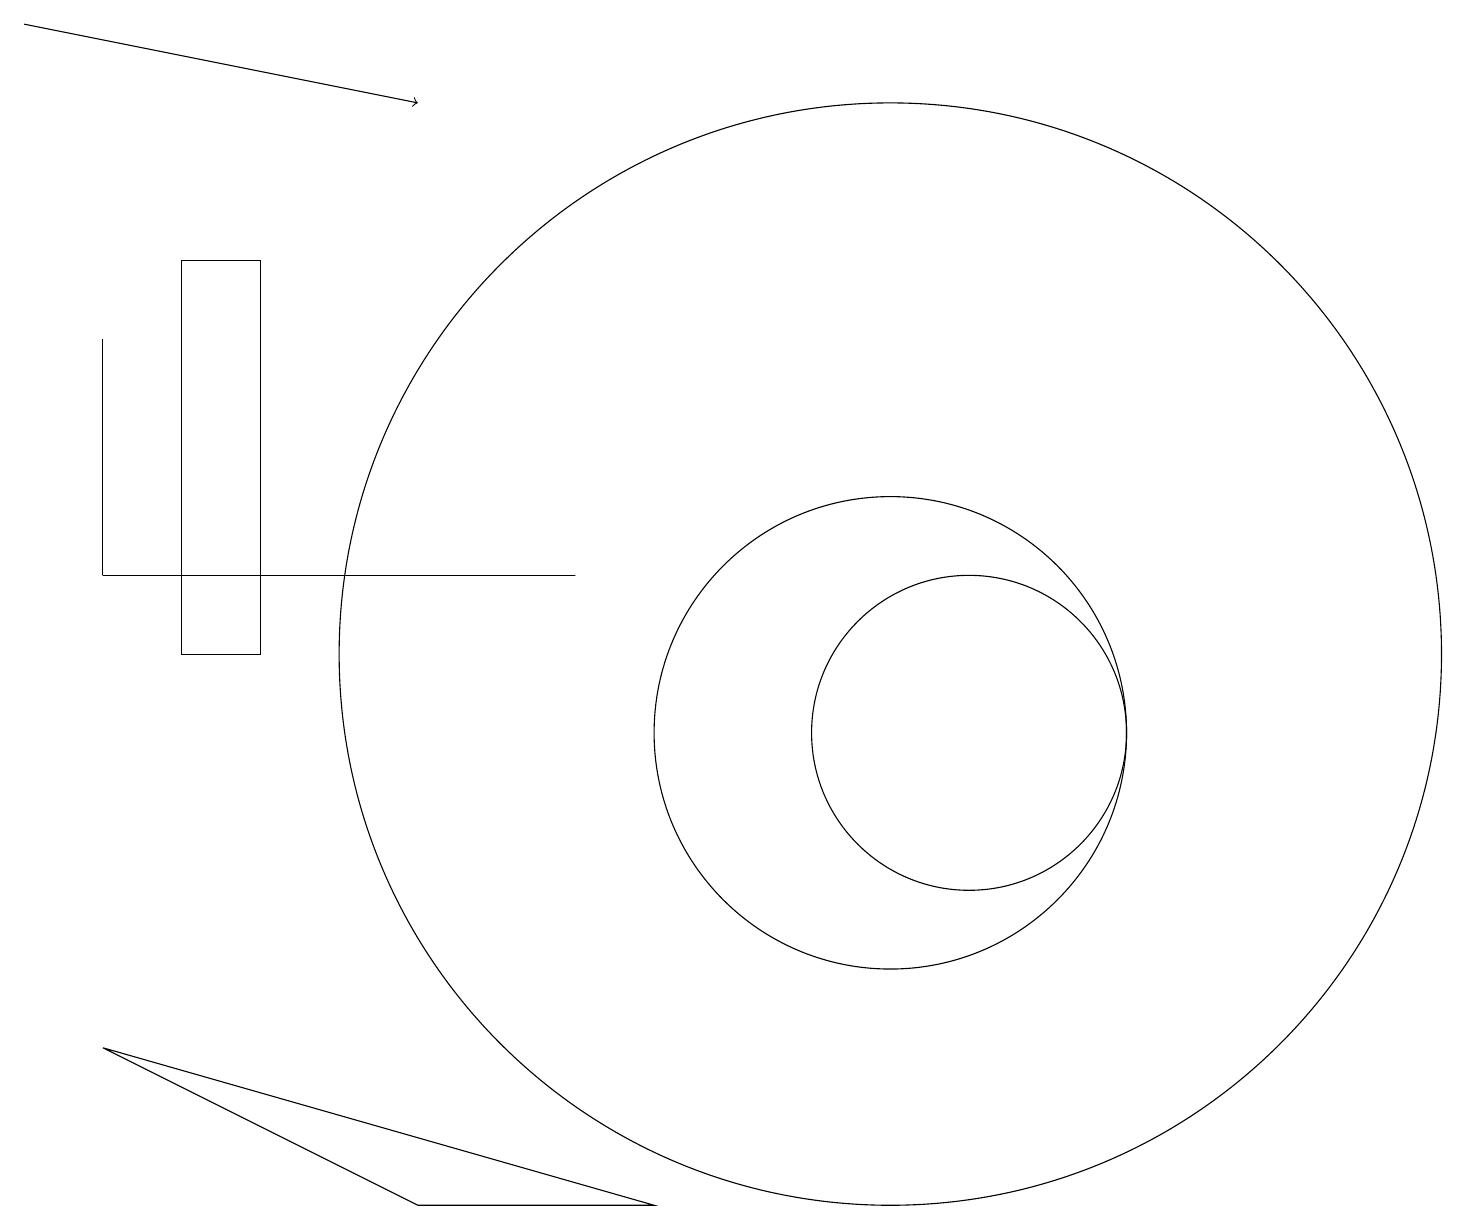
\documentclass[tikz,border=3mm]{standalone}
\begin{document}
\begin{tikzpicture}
\draw[->] (0,19) -- (5,18);
\draw (1,12) rectangle (7,12);
\draw (2,16) rectangle (3,11);
\draw (11,10) circle (3);
\draw (1,12) rectangle (1,15);
\draw (12,10) circle (2);
\draw (8,4) -- (1,6) -- (5,4) -- cycle;
\draw (11,11) circle (7);
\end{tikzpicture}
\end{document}